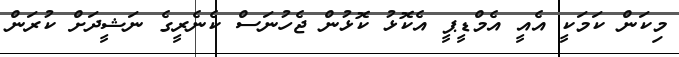
މިކަން ކަމަކީ އެއީ އެމްޑީޕީ އެކޮޅު ކޮޅުން ޖެހުނަސް ކެނެރީގެ ނަޝީދަށް ކުރަން